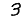
Digit: 3